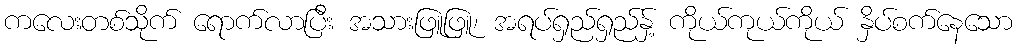
ကလေးတစ်သိုက် ရောက်လာပြီး အသားဖြူဖြူ၊ အရပ်ရှည်ရှည်နှ့် ကိုယ်ကုယ်ကိုယ် နှိပ်စက်နေသော